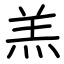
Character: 羔